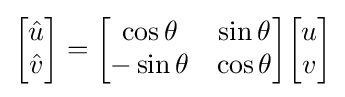
{\begin{bmatrix}{\hat {u}}\\{\hat {v}}\end{bmatrix}}={\begin{bmatrix}\cos \theta &\sin \theta \\-\sin \theta &\cos \theta \end{bmatrix}}{\begin{bmatrix}u\\v\end{bmatrix}}